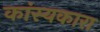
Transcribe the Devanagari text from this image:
कांस्यकारा